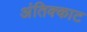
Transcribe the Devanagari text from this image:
अंतिक्काट